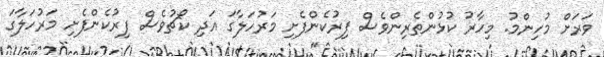
ވަރަށް މުހިންމު. މިހާރު ކުޅުންތެރިންވެސް ފިރުކެންފެށި މަރުހަލާގަ އަދި ކޯޗުވެސް ފިރުކެންފެށި މަރުހަލާގަ